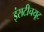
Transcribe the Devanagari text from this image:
इंसटीचयूट